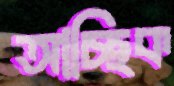
আচ্ছিক